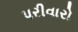
પરીવારો